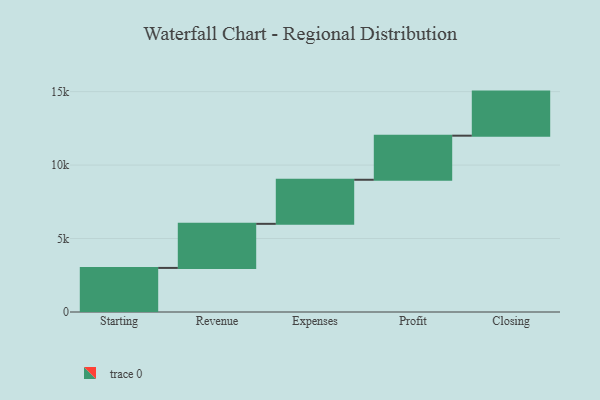
{"axis": {"x": "Step", "y": "Value"}, "legend": [""], "data": [{"x": "Starting", "y": 3000, "type": ""}, {"x": "Revenue", "y": 3000, "type": ""}, {"x": "Expenses", "y": 3000, "type": ""}, {"x": "Profit", "y": 3000, "type": ""}, {"x": "Closing", "y": 3000, "type": ""}]}